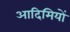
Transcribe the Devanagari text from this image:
आदिमियों